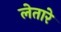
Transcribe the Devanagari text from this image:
लेतारे